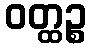
ဝတ္ထဉ္စ